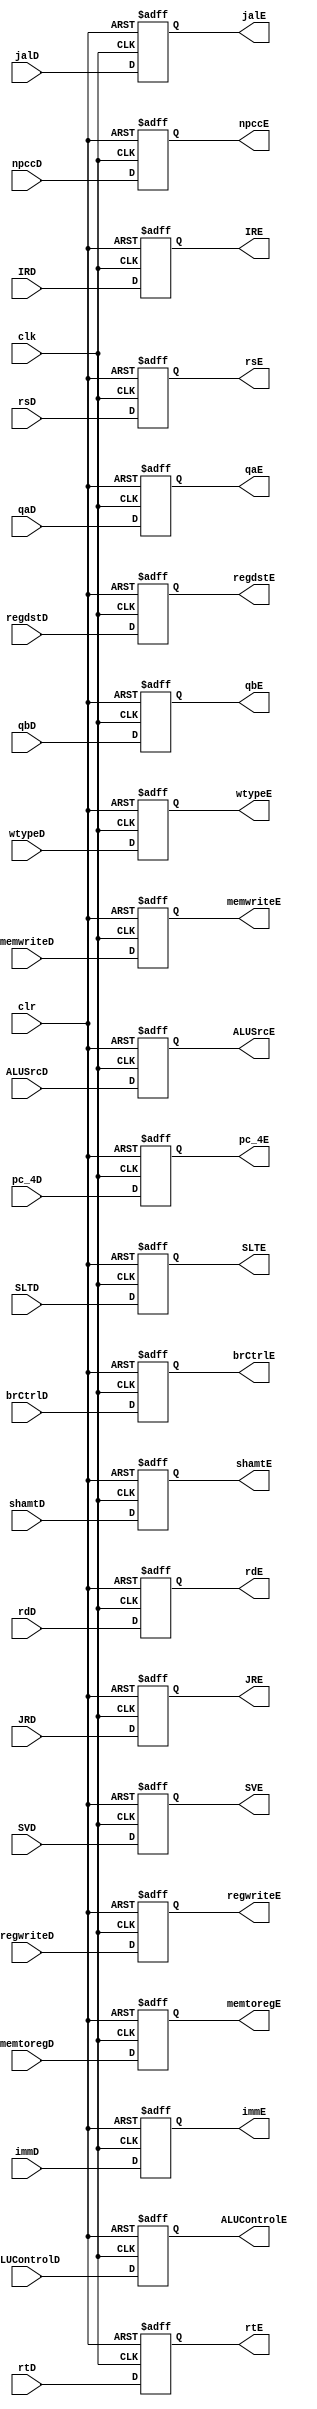


module ID_EXE(SVD,SVE,shamtD,shamtE,SLTD,SLTE,JRD,JRE,jalD,jalE,brCtrlD,brCtrlE,IRD,IRE,npccD,npccE,pc_4D,pc_4E,rsD,rsE,wtypeD,wtypeE,qaD,qbD,immD,rtD,rdD,regwriteD,memtoregD,memwriteD,ALUControlD,ALUSrcD,regdstD,clk,qaE,qbE,immE,rtE,rdE,regwriteE,memtoregE,memwriteE,ALUControlE,ALUSrcE,regdstE,clr);//pc_4D,pc_4E,
input clk;
input clr,jalD,JRD,SLTD,SVD;
//input we;
input [31:0] qaD,qbD,immD,pc_4D,IRD;//pc_4D

input [4:0] rtD,rdD,rsD,shamtD;
input  regwriteD,memtoregD,memwriteD,ALUSrcD,regdstD;
//input [1:0]NPCCtrlD;
input [3:0]ALUControlD;
input [2:0] wtypeD;
input [1:0] npccD;
input [2:0]brCtrlD;

output [31:0] qaE,qbE,immE,pc_4E,IRE;//,pc_4E
output [4:0] rtE,rdE,rsE,shamtE;
output  regwriteE,memtoregE,memwriteE,ALUSrcE,regdstE,jalE,JRE,SLTE,SVE;
//output [1:0]NPCCtrlE;
output [3:0]ALUControlE;
output [2:0]wtypeE;
output [1:0] npccE;
output [2:0]brCtrlE;

reg [31:0] qaE,qbE,immE,pc_4E,IRE;//,pc_4E
reg [4:0] rtE,rdE,rsE,shamtE;
reg  regwriteE,memtoregE,memwriteE,ALUSrcE,regdstE,jalE,JRE,SLTE,SVE;
//reg [1:0]NPCCtrlE;
reg [3:0]ALUControlE;
reg [2:0]wtypeE;
reg [1:0] npccE;
reg [2:0]brCtrlE;

always @(posedge clk or negedge clr)  //PosEdge Write
	begin
if (!clr)
	begin
	qaE=0;
	qbE=0;
	immE=0;
	pc_4E=0;
	rtE=0;
	rdE=0;
	rsE=0;
	regwriteE=0;
	memtoregE=0;
	memwriteE=0;
	ALUSrcE=0;
	regdstE=0;
	npccE=0;
	jalE=0;
	JRE=0;
	//NPCCtrlE=0;
	IRE=0;
	ALUControlE=0;
	wtypeE=0;
	brCtrlE=0;
	SLTE=0;
	shamtE=0;
	SVE=0;
	end
	else
begin
	qaE=qaD;
	qbE=qbD;
	immE=immD;
	pc_4E=pc_4D;
	rtE=rtD;
	rdE=rdD;
	rsE=rsD;
	regwriteE=regwriteD;
	memtoregE=memtoregD;
	memwriteE=memwriteD;
	ALUSrcE=ALUSrcD;
	regdstE=regdstD;
	npccE=npccD;
	//NPCCtrlE=NPCCtrlD;
	IRE=IRD;
	ALUControlE=ALUControlD;
	wtypeE=wtypeD;
	brCtrlE=brCtrlD;
	jalE=jalD;
	JRE=JRD;
	SLTE=SLTD;
	shamtE=shamtD;
	SVE=SVD;
end
	end
endmodule